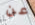
عن